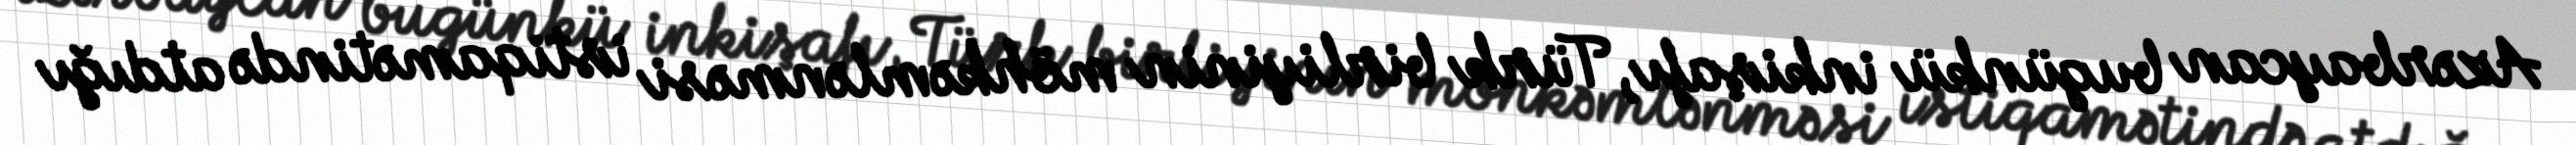
Azərbaycan bugünkü inkişafı, Türk birliyinin möhkəmlənməsi istiqamətində atdığı